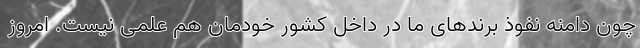
چون دامنه نفوذ برندهای ما در داخل کشور خودمان هم علمی نیست. امروز